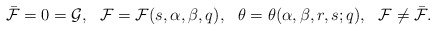
\begin{align*}\bar{\cal F} = 0 = {\cal G}, \ \ {\cal F} = {\cal F}(s,\alpha, \beta,q), \ \ \theta = \theta(\alpha,\beta,r,s;q), \ \ {\cal F} \not= \bar{\cal F}.\end{align*}